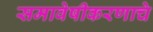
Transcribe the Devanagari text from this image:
समावेषीकरणाचे